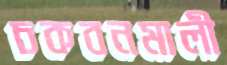
চকবনমালী